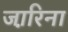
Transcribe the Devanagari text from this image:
जा़रिना